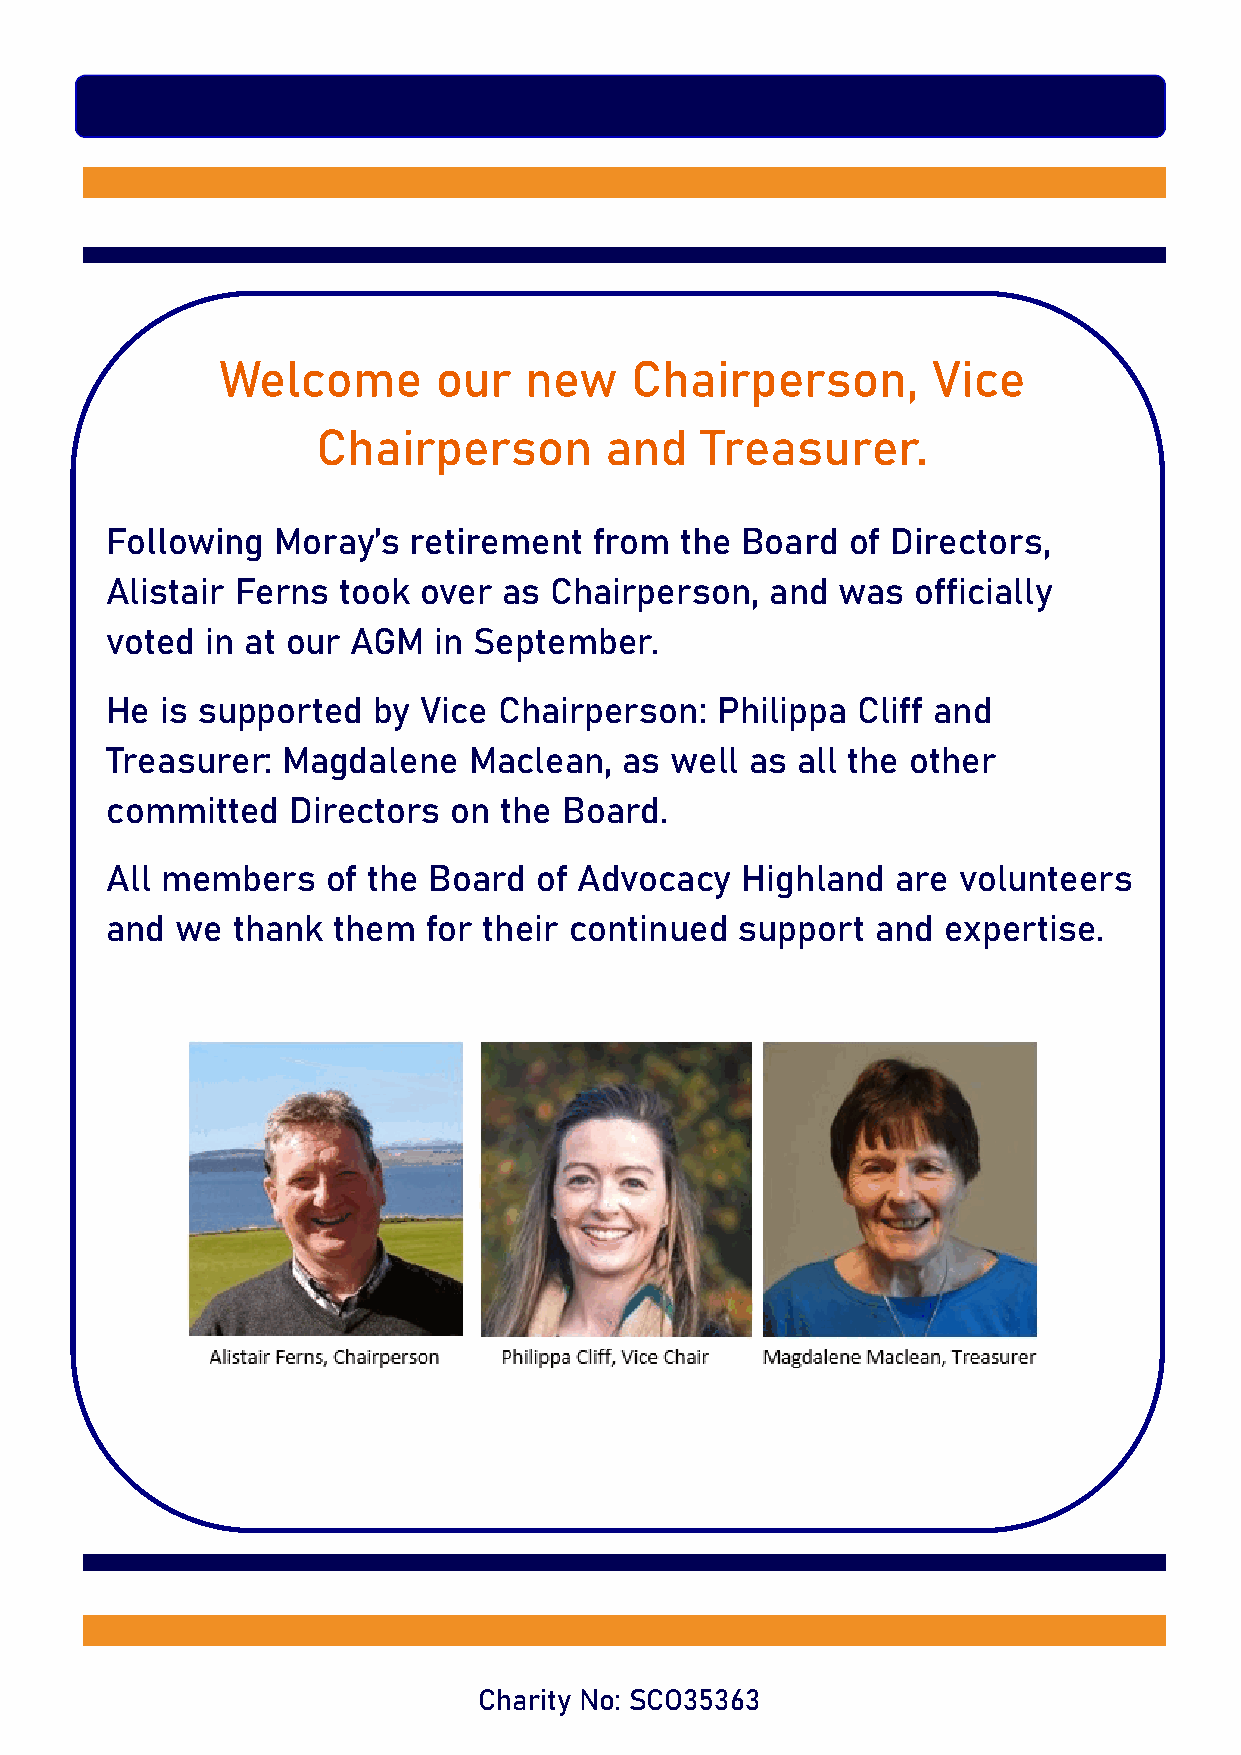
Welcome       our   new    Chairperson,        Vice
 Chairperson        and   Treasurer.
 Following  Moray’s  retirement  from  the Board  of Directors,
 Alistair Ferns took  over as Chairperson,   and was   officially
 voted  in at our AGM  in September.
 He  is supported  by Vice Chairperson:  Philippa  Cliff and
 Treasurer:  Magdalene   Maclean,  as well  as all the other
 committed   Directors  on the Board.
 All members    of the Board  of Advocacy  Highland  are volunteers
 and  we thank  them  for their continued  support  and expertise.
 Charity No: SCO35363